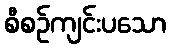
စီစဉ်ကျင်းပသော